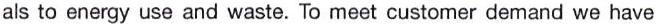
als to energy use and waste. To meet customer demand we have